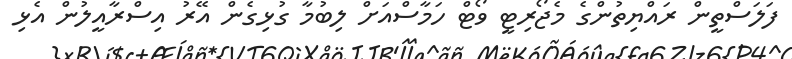
ފަލަސްތީން ރައްޔިތުންގެ މެޖޯރިޓީ ވޯޓް ހަމާސްއަށް ލިބުމާ ގުޅިގެން އޭރު އިސްރާއީލުން އެޅި